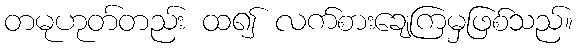
တမုဟုတ်တည်း ထ၍ လက်စားချေကြမှဖြစ်သည်။